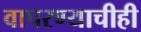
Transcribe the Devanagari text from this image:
वापरण्याचीही